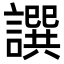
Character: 譔